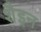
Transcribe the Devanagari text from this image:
शैइन